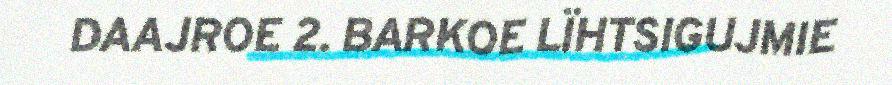
DAAJROE 2. BARKOE LÏHTSIGUJMIE